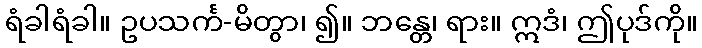
ရံခါရံခါ။ ဥပသင်္က-မိတွာ၊ ၍။ ဘန္တေ၊ ရား။ ဣဒံ၊ ဤပုဒ်ကို။